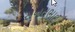
સનતભાઈ